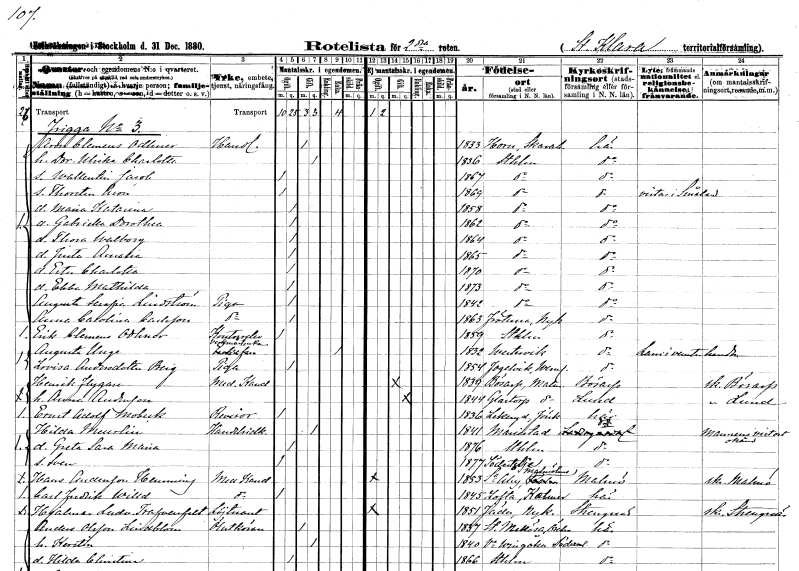
gt_parse: households: individuals: FN: Aron Clemens
EN: Odhner
YRKE: Handlande
KON: M
CIV: G
FODAR: 1833
FODFORS: Horn Skaraborgs län
FN: Dorothea Ulrika Charlotta
KON: K
CIV: G
FODAR: 1836
FODFORS: Stockholm
FN: Wallentin Jacob
KON: M
CIV: O
FODAR: 1867
FODFORS: Stockholm
FN: Thorsten Aron
KON: M
CIV: O
FODAR: 1869
FODFORS: Stockholm
FN: Maria Katarina
KON: K
CIV: O
FODAR: 1858
FODFORS: Stockholm
FN: Gabriella Dorothea
KON: K
CIV: O
FODAR: 1862
FODFORS: Stockholm
FN: Thora Walborg
KON: K
CIV: O
FODAR: 1864
FODFORS: Stockholm
FN: Justa Amalia
KON: K
CIV: O
FODAR: 1865
FODFORS: Stockholm
FN: Ester Charlotta
KON: K
CIV: O
FODAR: 1870
FODFORS: Stockholm
FN: Ebba Mathilda
KON: K
CIV: O
FODAR: 1873
FODFORS: Stockholm
FN: Augusta Serafia
EN: Lindström
YRKE: Piga
KON: K
CIV: O
FODAR: 1842
FODFORS: Stockholm
FN: Anna Carolina
EN: Carlsson
YRKE: Piga
KON: K
CIV: O
FODAR: 1863
FODFORS: Frötuna Stockholms län
FN: Erik Clemens
EN: Odhner
YRKE: Kontorselev
KON: M
CIV: O
FODAR: 1859
FODFORS: Stockholm
FN: Augusta
EN: Unge
YRKE: Verkmästareänka
KON: K
CIV: E
FODAR: 1832
FODFORS: Västervik Kalmar län
FN: Lovisa
EN: Andersdotter Berg
YRKE: Piga
KON: K
CIV: O
FODAR: 1854
FODFORS: Fågelvik Värmlands län
FN: Henrik
EN: Flygare
YRKE: Medicine kandidat
KON: M
CIV: G
FODAR: 1839
FODFORS: Bösarp Malmöhus län
FN: Anna
EN: Andersson
KON: K
CIV: G
FODAR: 1844
FODFORS: Glostorp Malmöhus län
FN: Ernst Adolf
EN: Mobeck
YRKE: Revisor
KON: M
CIV: O
FODAR: 1836
FODFORS: Lekeryd Jönköpings län
FN: Hilda
EN: Meurlin
YRKE: Handelsidkerska
KON: K
CIV: G
FODAR: 1841
FODFORS: Mariestad Skaraborgs län
FN: Greta Sara Maria
KON: K
CIV: O
FODAR: 1876
FODFORS: Stockholm
FN: Sven
KON: M
CIV: O
FODAR: 1877
FODFORS: Södertälje Stockholms län
FN: Hans
EN: Andersson Henning
YRKE: Medicine kandidat
KON: M
CIV: O
FODAR: 1853
FODFORS: Södra Åby Malmöhus län
FN: Carl Fredrik
EN: Willd
YRKE: Medicine kandidat
KON: M
CIV: O
FODAR: 1845
FODFORS: Lofta Kalmar län
FN: Hjalmar Ludvig
EN: Trafvenfelt
YRKE: Löjtnant
KON: M
CIV: O
FODAR: 1851
FODFORS: Jäder Södermanlands län